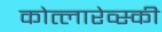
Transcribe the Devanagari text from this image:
कोत्लारेव्स्की